Annual report of the Civil Veterinary Department, Bengal, for the year 1897-98 - 1897-1898
Year: 1897
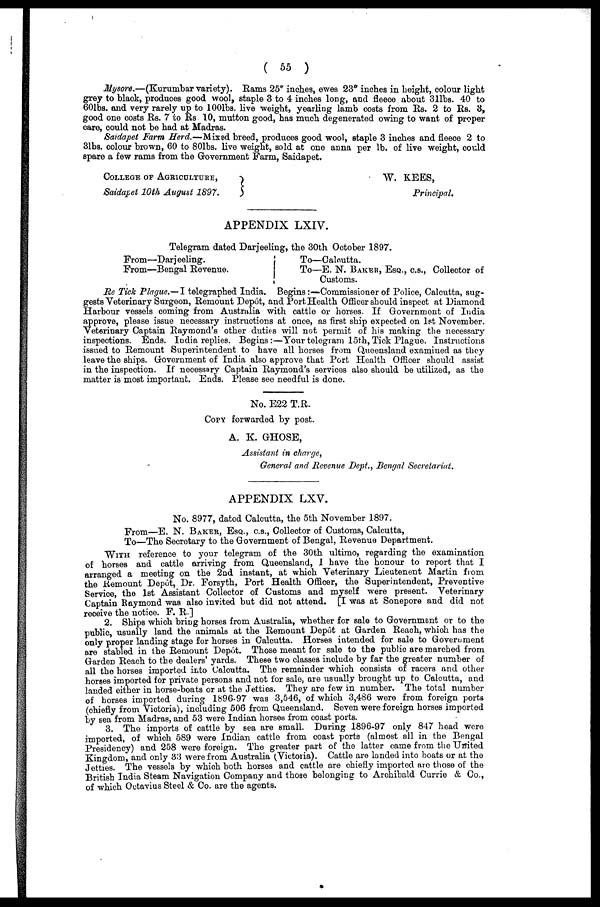
( 55
)
Mysore.—(Kurumbar variety). Rams 25" inches, ewes 23" inches in height, colour light
grey to black, produces good wool, staple 3 to 4 inches long, and fleece about 31 Ibs. 40 to
60Ibs. and very rarely up to 100lbs. live weight, yearling lamb costs from Rs. 2 to Rs. 3,
good one costs Rs. 7 to Rs 10, mutton good, has much degenerated owing to want of proper
care, could not be had at Madras.
Saidapet Farm Herd.—Mixed breed, produces good wool, staple 3 inches and floece 2 to
31bs. colour brown, 60 to 801bs. live weight, sold at one anna per lb. of live weight, could
spare a few rams from the Government Farm, Saidapet.
COLLEGE OF AGRICULTURE,
Saidapet 10th August 1897.
W. KEES,
Principal.
APPENDIX LXIV.
Telegram dated Darjeeling, the 30th October 1897.
From—Darjeeling.
From—Bengal Revenue.
To— Calcutta.
To—E. N. BAKER, ESQ., C.S., Collector of
Customs.
Re Tick Plague.—I telegraphed India. Begins:—Commissioner of Police, Calcutta, sug-
gests Veterinary Surgeon, Remount Depot, and Port Health Officer should inspect at Diamond
Harbour vessels coming from Australia with cattle or horses. If Government of India
approve, please issue necessary instructions at once, as first ship expected on 1st November.
Veterinary Captain Raymond's othor duties will not permit of his making the necessary
inspections. Ends. India replies. Begins:—Your telegram 15th, Tick Plague. Instructions
issued to Remount Superintendent to have all horses from Queensland examined as they
leave the ships. Government of India also approve that Port Health Officer should assist
in the inspection. If necessary Captain Raymond's services also should be utilized, as the
matter is most important. Ends. Please see needful is done.
No. E22 T.R.
COPY forwarded by post.
A. K. GHOSE,
Assistant in charge,
General and Revenue Dept., Bengal Secretariat.
APPENDIX LXV.
No. 8977, dated Calcutta, the 5th November 1897.
From—E. N. BAKER, ESQ., C.S., Collector of Customs, Calcutta,
To—The Secretary to the Government of Bengal, Revenue Department.
WIT
reference to your telegram of the 30th ultimo, regarding the examination
of horses and cattle arriving from Queensland, 1 have the honour to report that I
arranged a meeting on the 2nd instant, at which Veterinary Lieutenent Martin from
the Remount Depot, Dr. Forsyth, Port Health Officer, the Superintendent, Preventive
Service, the 1st Assistant Collector of Customs and myself were present. Veterinary
Captain Raymond was also invited but did not attend. [I was at Sonepore and did not
receive the notice. F. R]
2. Ships which bring horses from Australia, whether for sale to Government or to the
public, usually land the animals at the Remount Depot at Garden Reach, which has the
only proper landing stage for horses in Calcutta. Horses intended for sale to Government
are stabled in the Remount Depôt. Those meant for sale to the public are marched from
Garden Reach to the dealers' yards. These two classes include by far the greater number of
all the horses imported into Calcutta. The remainder which consists of racers and other
horses imported for private persons and not for sale, are usually brought up to Calcutta, and
landed either in horse-boats or at the Jetties. They are few in number. The total number
of horses imported during 1896-97 was 3,546, of which 3,486 were from foreign ports
(ohiefly from Victoria), including 506 from Queensland. Seven were foreign horses imported
by sea from Madras, and 53 were Indian horses from coast ports.
3. The imports of cattle by sea are small. During 1896-97 only 847 head were
imported, of which 589 were Indian cattle from coast ports (almost all in the Bengal
Presidency) and 258 were foreign. The greater part of the latter came from the United
Kingdom, and only 33 were from Australia (Victoria). Cattle are landed into boats or at the
Jetties. The vessels by which both horses and cattle are chiefly imported are those of the
British India Steam Navigation Company and those belonging to Archibald Currie & Co.,
of which Octavius Steel & Co. are the agents.